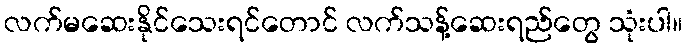
လက်မဆေးနိုင်သေးရင်တောင် လက်သန့်ဆေးရည်တွေ သုံးပါ။